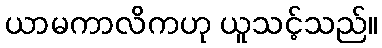
ယာမကာလိကဟု ယူသင့်သည်။